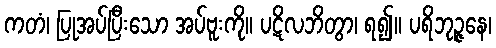
ကတံ၊ ပြုအပ်ပြီးသော အပ်ဗူးကို။ ပဋိလဘိတွာ၊ ရ၍။ ပရိဘုဉ္ဇနေ၊